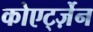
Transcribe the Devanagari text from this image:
कोएर्ट्ज़ेन